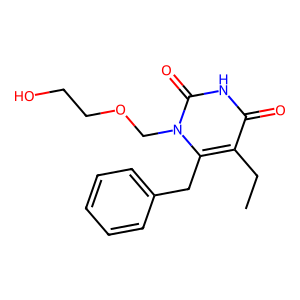
SMILES: CCc1c(Cc2ccccc2)n(COCCO)c(=O)[nH]c1=O
Inhibits HIV replication: Yes